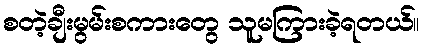
စတဲ့ချီးမွမ်းစကားတွေ သူမကြားခဲ့ရတယ်။